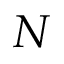
N